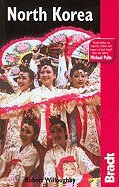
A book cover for Bradt North Korea Travel Guide 2ND EDITION [PB,2008]; Travel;